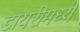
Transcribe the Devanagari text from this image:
डायरीमध्ये